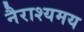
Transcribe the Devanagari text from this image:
नैराश्यमय